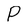
Character: P